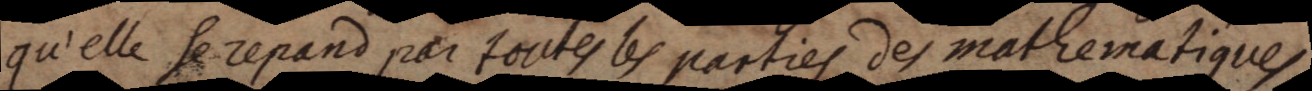
qu’elle se repand par toutes les parties des mathematiques